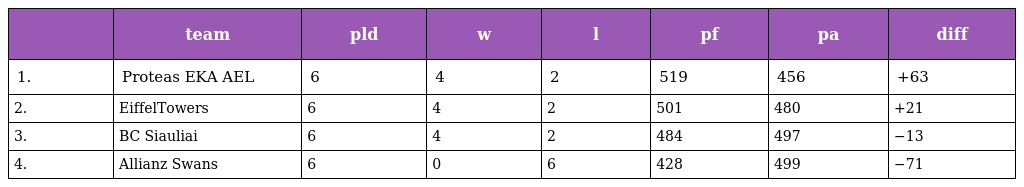
|  | team | pld | w | l | pf | pa | diff |
 | --- | --- | --- | --- | --- | --- | --- | --- |
 | 1. | Proteas EKA AEL | 6 | 4 | 2 | 519 | 456 | +63 |
 | 2. | EiffelTowers | 6 | 4 | 2 | 501 | 480 | +21 |
 | 3. | BC Siauliai | 6 | 4 | 2 | 484 | 497 | −13 |
 | 4. | Allianz Swans | 6 | 0 | 6 | 428 | 499 | −71 |